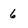
Character: 6